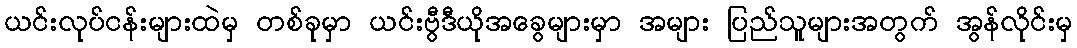
ယင်းလုပ်ငန်းများထဲမှ တစ်ခုမှာ ယင်းဗွီဒီယိုအခွေများမှာ အများ ပြည်သူများအတွက် အွန်လိုင်းမှ